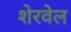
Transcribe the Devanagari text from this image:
शेरवेल